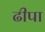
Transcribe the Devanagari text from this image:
ढीपा